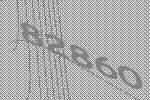
82860